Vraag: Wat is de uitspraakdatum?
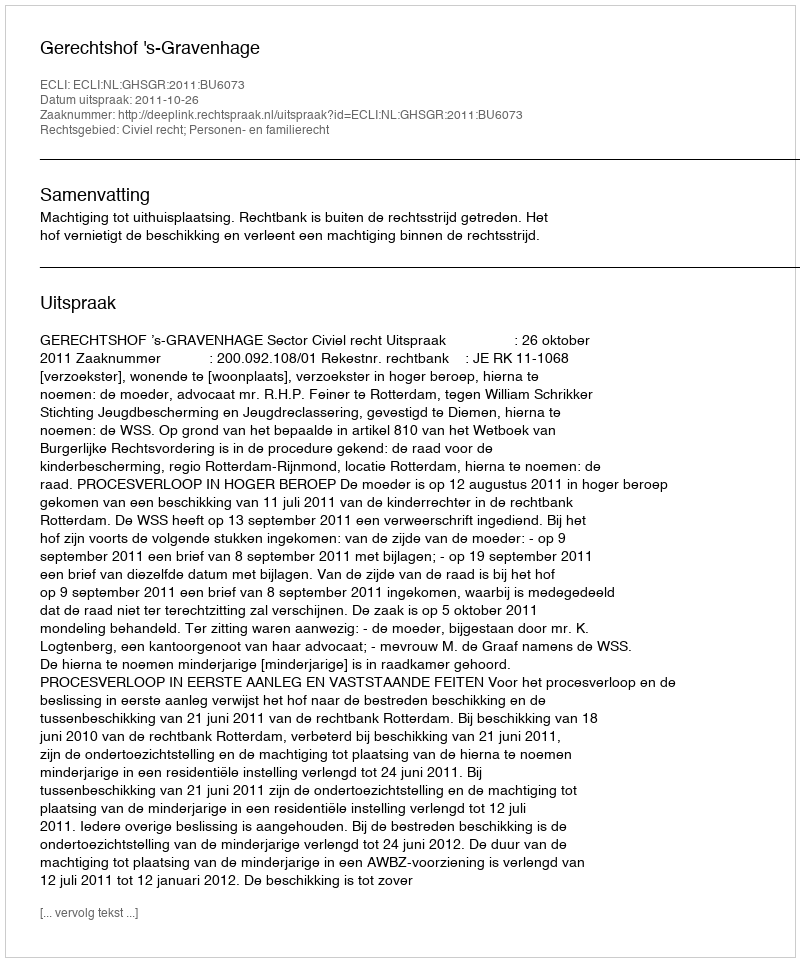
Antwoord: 2011-10-26